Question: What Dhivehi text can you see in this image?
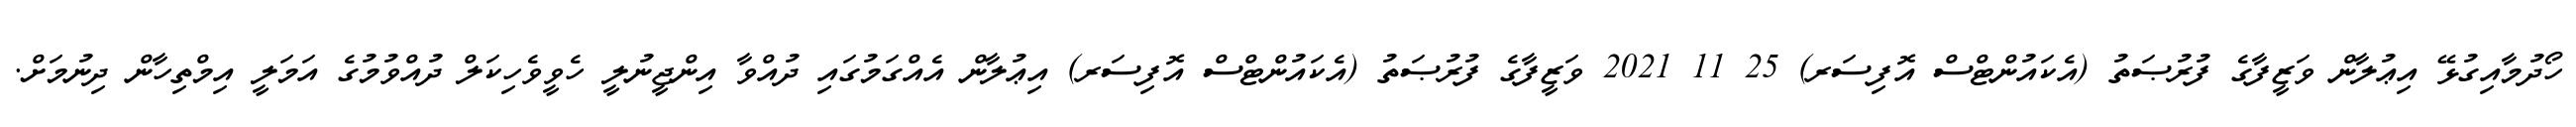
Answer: ހޯދުމާއިގުޅޭ އިޢުލާން ވަޒީފާގެ ފުރުޞަތު (އެކައުންޓްސް އޮފިސަރ) 25 11 2021 ވަޒީފާގެ ފުރުޞަތު (އެކައުންޓްސް އޮފިސަރ) އިޢުލާން އެއްގަމުގައި ދުއްވާ އިންޖީނުލީ ހެވީވެހިކަލް ދުއްވުމުގެ އަމަލީ އިމްތިހާން ދިނުމަށް.